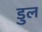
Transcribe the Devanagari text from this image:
डुल